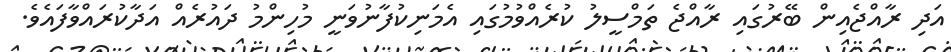
އަދި ރާއްޖެއިން ބޭރުގައި ރާއްޖެ ތަމްސީލު ކުރެއްވުމުގައި އެމަނިކުފާނުވަނީ މުހިންމު ދައުރެއް އަދާކުރައްވާފައެވެ.